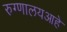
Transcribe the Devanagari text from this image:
रुग्णालयआहे